Scottish Leaving Certificate Examination, 1960
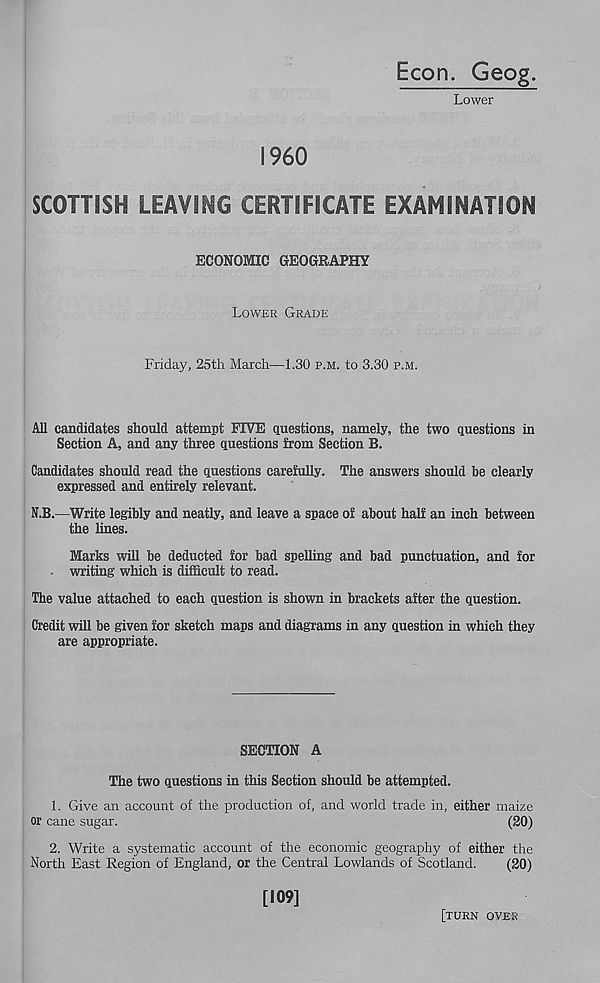
Econ. Geog.
Lower
I960
SCOTTISH LEAVING CERTIFICATE EXAMINATION
ECONOMIC GEOGRAPHY
Lower Grade
Friday, 25th March—1.30 p.m. to 3.30 p.m.
All candidates should attempt FIVE questions, namely, the two questions in
Section A, and any three questions from Section B.
Candidates should read the questions carefully. The answers should be clearly
expressed and entirely relevant.
N.B.—Write legibly and neatly, and leave a space of about half an inch between
the lines.
Marks will be deducted for bad spelling and bad punctuation, and for
. writing which is difficult to read.
The value attached to each question is shown in brackets after the question.
Credit will be given for sketch maps and diagrams in any question in which they
are appropriate.
SECTION A
The two questions in this Section should be attempted.
1. Give an account of the production of, and world trade in, either maize
or cane sugar.
(20)
2. Write a systematic account of the economic geography of either the
North East Region of England, or the Central Lowlands of Scotland.
(20)
[109]
[turn over